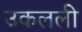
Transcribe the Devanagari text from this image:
उकलली